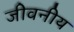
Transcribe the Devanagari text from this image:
जीवनीय